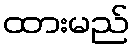
ထားမည်